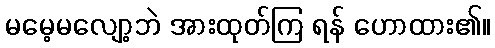
မမေ့မလျော့ဘဲ အားထုတ်ကြ ရန် ဟောထား၏။